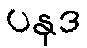
ပနုဒ